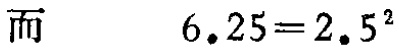
而\(6.25 = 2.5^{2}\)